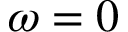
\omega = 0